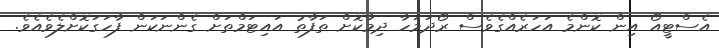
އެސްޓީއޯ އިން ކޮންމެ އަހަރެއްގެވެސް ރޯދަމަހާ ދިމާކޮށް ތަފާތު އައިޓަމްތަށް ގެންނަކަން ފާހަގަކޮށްލެވެއެވެ.